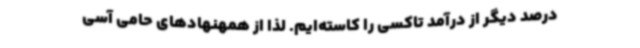
درصد دیگر از درآمد تاکسی را کاسته‌ایم. لذا از همهنهادهای حامی آسی